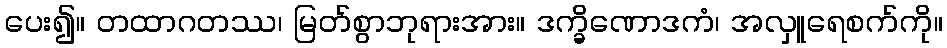
ပေး၍။ တထာဂတဿ၊ မြတ်စွာဘုရားအား။ ဒက္ခိဏောဒကံ၊ အလှူရေစက်ကို။